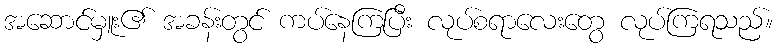
အဆောင်မှူး၏ အခန်းတွင် ကပ်နေကြပြီး လုပ်စရာလေးတွေ လုပ်ကြရသည်။